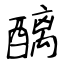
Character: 醨